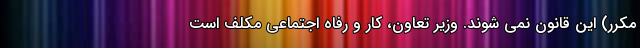
مکرر) این قانون نمی شوند. وزیر تعاون، کار و رفاه اجتماعی مکلف است